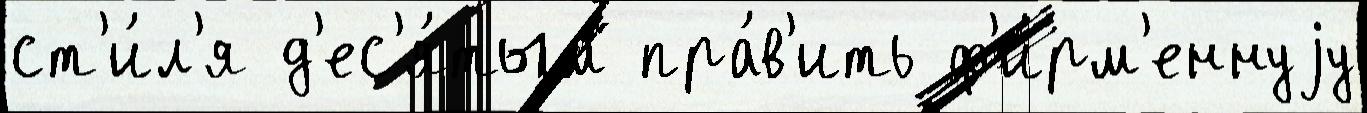
ст'и́л'я д'ес'я́тым пра́в'ить ф'и́рм'еннуjу